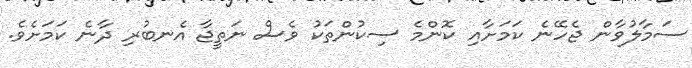
ސަމާލުވާން ޖެހޭނެ ކަމަށާއި ކޮންމެ ސިކުންތަކު ވެސް ނަތީޖާ އެނބުރި ދާނެ ކަމަށެވެ.